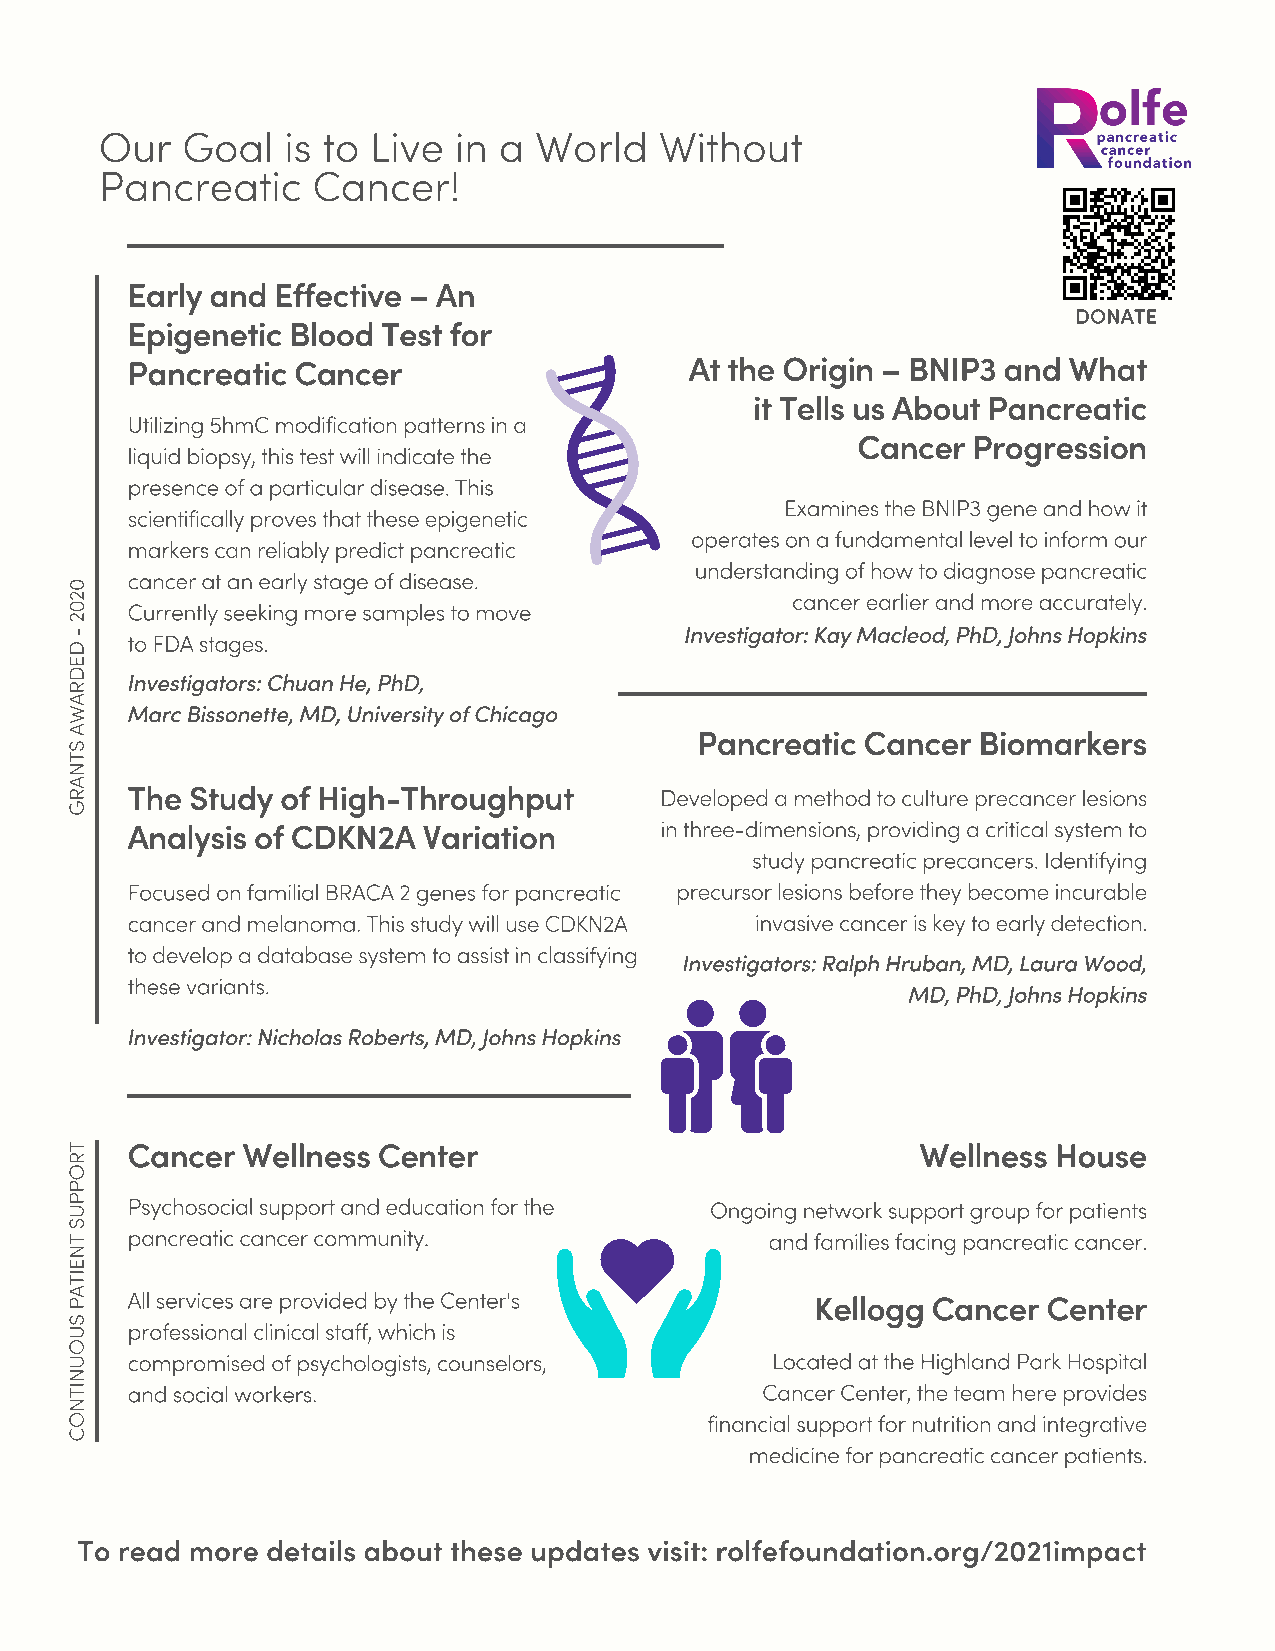
Our  Goal   is to Live in a World    Without
 Pancreatic    Cancer!
 Early and Effective – An
 DONATE
 Epigenetic Blood Test for
 Pancreatic Cancer                     At the Origin – BNIP3 and What
 it Tells us About Pancreatic
 Utilizing 5hmC modification patterns in a
 Cancer Progression
 liquid biopsy, this test will indicate the
 presence of a particular disease. This
 Examines the BNIP3 gene and how it
 scientifically proves that these epigenetic
 operates on a fundamental level to inform our
 markers can reliably predict pancreatic
 understanding of how to diagnose pancreatic
 cancer at an early stage of disease.
 0
 2                                               cancer earlier and more accurately.
 0   Currently seeking more samples to move
 2
 -   to FDA stages.
 Investigator: Kay Macleod, PhD, Johns Hopkins
 D
 E
 D   Investigators: Chuan He, PhD,
 R
 WA  Marc Bissonette, MD, University of Chicago
 A                                         Pancreatic Cancer  Biomarkers
 S
 T
 N
 A   The  Study of High-Throughput
 R                                       Developed a method to culture precancer lesions
 G
 Analysis of CDKN2A  Variation       in three-dimensions, providing a critical system to
 study pancreatic precancers. Identifying
 Focused on familial BRACA 2 genes for pancreatic precursor lesions before they become incurable
 cancer and melanoma. This study will use CDKN2A invasive cancer is key to early detection.
 to develop a database system to assist in classifying
 Investigators: Ralph Hruban, MD, Laura Wood,
 these variants.
 MD, PhD, Johns Hopkins
 Investigator: Nicholas Roberts, MD, Johns Hopkins
 Cancer  Wellness Center                              Wellness House
 T
 R
 O
 P
 P   Psychosocial support and education for the Ongoing network support group for patients
 U
 T
 S   pancreatic cancer community.               and families facing pancreatic cancer.
 N
 E
 TI
 A   All services are provided by the Center's     Kellogg Cancer Center
 P
 S   professional clinical staff, which is
 U
 O
 compromised of psychologists, counselors,  Located at the Highland Park Hospital
 U
 N
 TI  and social workers.                       Cancer Center, the team here provides
 N
 O                                          financial support for nutrition and integrative
 C
 medicine for pancreatic cancer patients.
 To read more details about these updates visit: rolfefoundation.org/2021impact